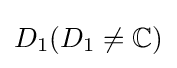
D_{1}(D_{1}\neq \mathbb {C} )